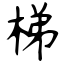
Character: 梯